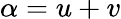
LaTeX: \alpha=u+v